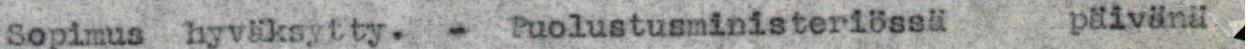
Sopimus hyväksytty. - Puolustusministeriössä  päivänä